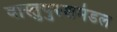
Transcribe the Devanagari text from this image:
वास्तुपुरुशमंडल